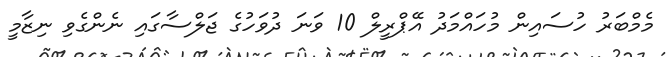
މެމްބަރު ހުސައިން މުހައްމަދު އޭޕްރީލް 10 ވަނަ ދުވަހުގެ ޖަލްސާގައި ނެންގެވި ނިޒާމީ